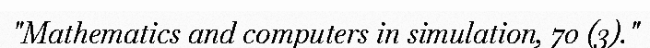
"Mathematics and computers in simulation, 70 (3)."